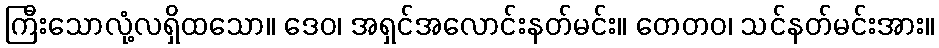
ကြီးသောလုံ့လရှိထသော။ ဒေဝ၊ အရှင်အလောင်းနတ်မင်း။ တေတဝ၊ သင်နတ်မင်းအား။